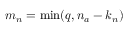
m _ { n } = \operatorname* { m i n } ( q , n _ { a } - k _ { n } )